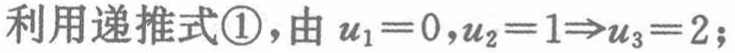
利用递推式\textcircled{1}，由 \(u_1 = 0,u_2 = 1\Rightarrow u_3 = 2;\)